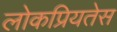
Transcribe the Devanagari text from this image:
लोकप्रियतेस